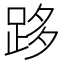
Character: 跢